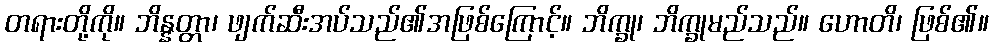
တရားတို့ကို။ ဘိန္နတ္တာ၊ ဖျက်ဆီးအပ်သည်၏အဖြစ်ကြောင့်။ ဘိက္ခု၊ ဘိက္ခုမည်သည်။ ဟောတိ၊ ဖြစ်၏။